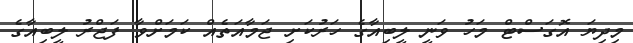
މިދިޔަ އޮގަސްޓް މަހު ވަނީ ލީބިއާގެ ހަރުކަށި ޖަމާއަތެއް ކަމަށްވާ ފަޖްރު ލީބިއާގެ